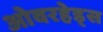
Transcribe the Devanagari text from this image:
ओवरहेड्स